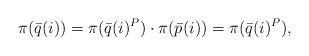
\begin{align*}\pi(\bar q(i)) = \pi(\bar q(i)^P)\cdot\pi(\bar p(i))= \pi(\bar q(i)^P),\end{align*}